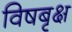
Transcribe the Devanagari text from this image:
विषबृक्ष